Indian journal of veterinary science and animal husbandry - Volume 11,
Year: 1941
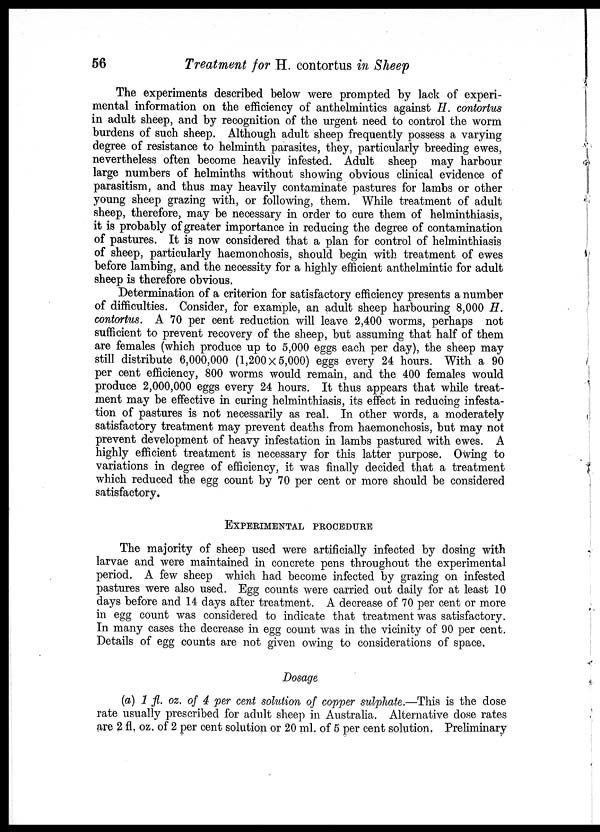
56
Treatment for H. contortus in Sheep
The experiments described below were prompted by lack of experi-
mental information on the efficiency of anthelmintics against H. contortus
in adult sheep, and by recognition of the urgent need to control the worm
burdens of such sheep. Although adult sheep frequently possess a varying
degree of resistance to helminth parasites, they, particularly breeding ewes,
nevertheless often become heavily infested. Adult sheep may harbour
large numbers of helminths without showing obvious clinical evidence of
parasitism, and thus may heavily contaminate pastures for lambs or other
young sheep grazing with, or following, them. While treatment of adult
sheep, therefore, may be necessary in order to cure them of helminthiasis,
it is probably of greater importance in reducing the degree of contamination
of pastures. It is now considered that a plan for control of helminthiasis
of sheep, particularly haemonchosis, should begin with treatment of ewes
before lambing, and the necessity for a highly efficient anthelmintic for adult
sheep is therefore obvious.
Determination of a criterion for satisfactory efficiency presents a number
of difficulties. Consider, for example, an adult sheep harbouring 8,000 H.
contortus. A 70 per cent reduction will leave 2,400 worms, perhaps not
sufficient to prevent recovery of the sheep, but assuming that half of them
are females (which produce up to 5,000 eggs each per day), the sheep may
still distribute 6,000,000 (1,200× 5,000) eggs every 24 hours. With a 90
per cent efficiency, 800 worms would remain, and the 400 females would
produce 2,000,000 eggs every 24 hours. It thus appears that while treat-
ment may be effective in curing helminthiasis, its effect in reducing infesta-
tion of pastures is not necessarily as real. In other words, a moderately
satisfactory treatment may prevent deaths from haemonchosis, but may not
prevent development of heavy infestation in lambs pastured with ewes. A
highly efficient treatment is necessary for this latter purpose. Owing to
variations in degree of efficiency, it was finally decided that a treatment
which reduced the egg count by 70 per cent or more should be considered
satisfactory.
EXPERIMENTAL PROCEDURE
The majority of sheep used were artificially infected by dosing with
larvae and were maintained in concrete pens throughout the experimental
period. A few sheep which had become infected by grazing on infested
pastures were also used. Egg counts were carried out daily for at least 10
days before and 14 days after treatment. A decrease of 70 per cent or more
in egg count was considered to indicate that treatment was satisfactory.
In many cases the decrease in egg count was in the vicinity of 90 per cent.
Details of egg counts are not given owing to considerations of space.
Dosage
(a) 1 fl. oz. of 4 per cent solution of copper sulphate. —This is the dose
rate usually prescribed for adult sheep in Australia. Alternative dose rates
are 2 fl. oz. of 2 per cent solution or 20 ml. of 5 per cent solution. Preliminary